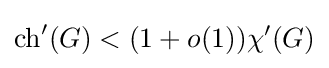
\operatorname {ch} '(G)<(1+o(1))\chi '(G)